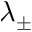
\lambda _ { \pm }